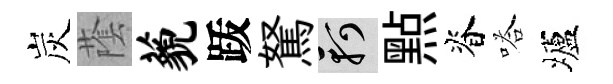
炭䕃藐䟦駑軻㸃脊嗒壚